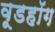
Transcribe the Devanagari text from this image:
वूडहॉग